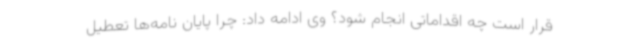
قرار است چه اقداماتی انجام شود؟ وی ادامه داد: چرا پایان نامه‌ها تعطیل